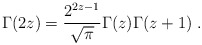
\begin{align*}\Gamma(2z)= \frac{2^{2z-1}}{\sqrt{\pi}}\Gamma(z)\Gamma(z+1)\ .\end{align*}